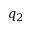
q _ { 2 }